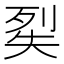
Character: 𭑔